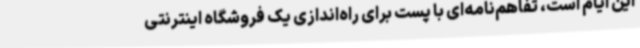
این ایام است، تفاهم‌نامه‌ای با پست برای راه‌اندازی یک فروشگاه اینترنتی